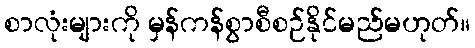
စာလုံးများကို မှန်ကန်စွာစီစဉ်နိုင်မည်မဟုတ်။